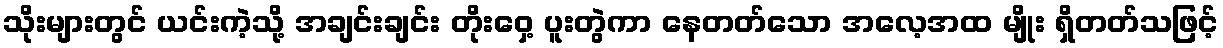
သိုးများတွင် ယင်းကဲ့သို့ အချင်းချင်း တိုးဝှေ့ ပူးတွဲကာ နေတတ်သော အလေ့အထ မျိုး ရှိတတ်သဖြင့်